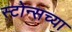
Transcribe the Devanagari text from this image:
स्टोन्सच्या